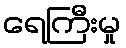
ရေကြီးမှု